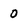
Character: 0